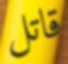
قاتل